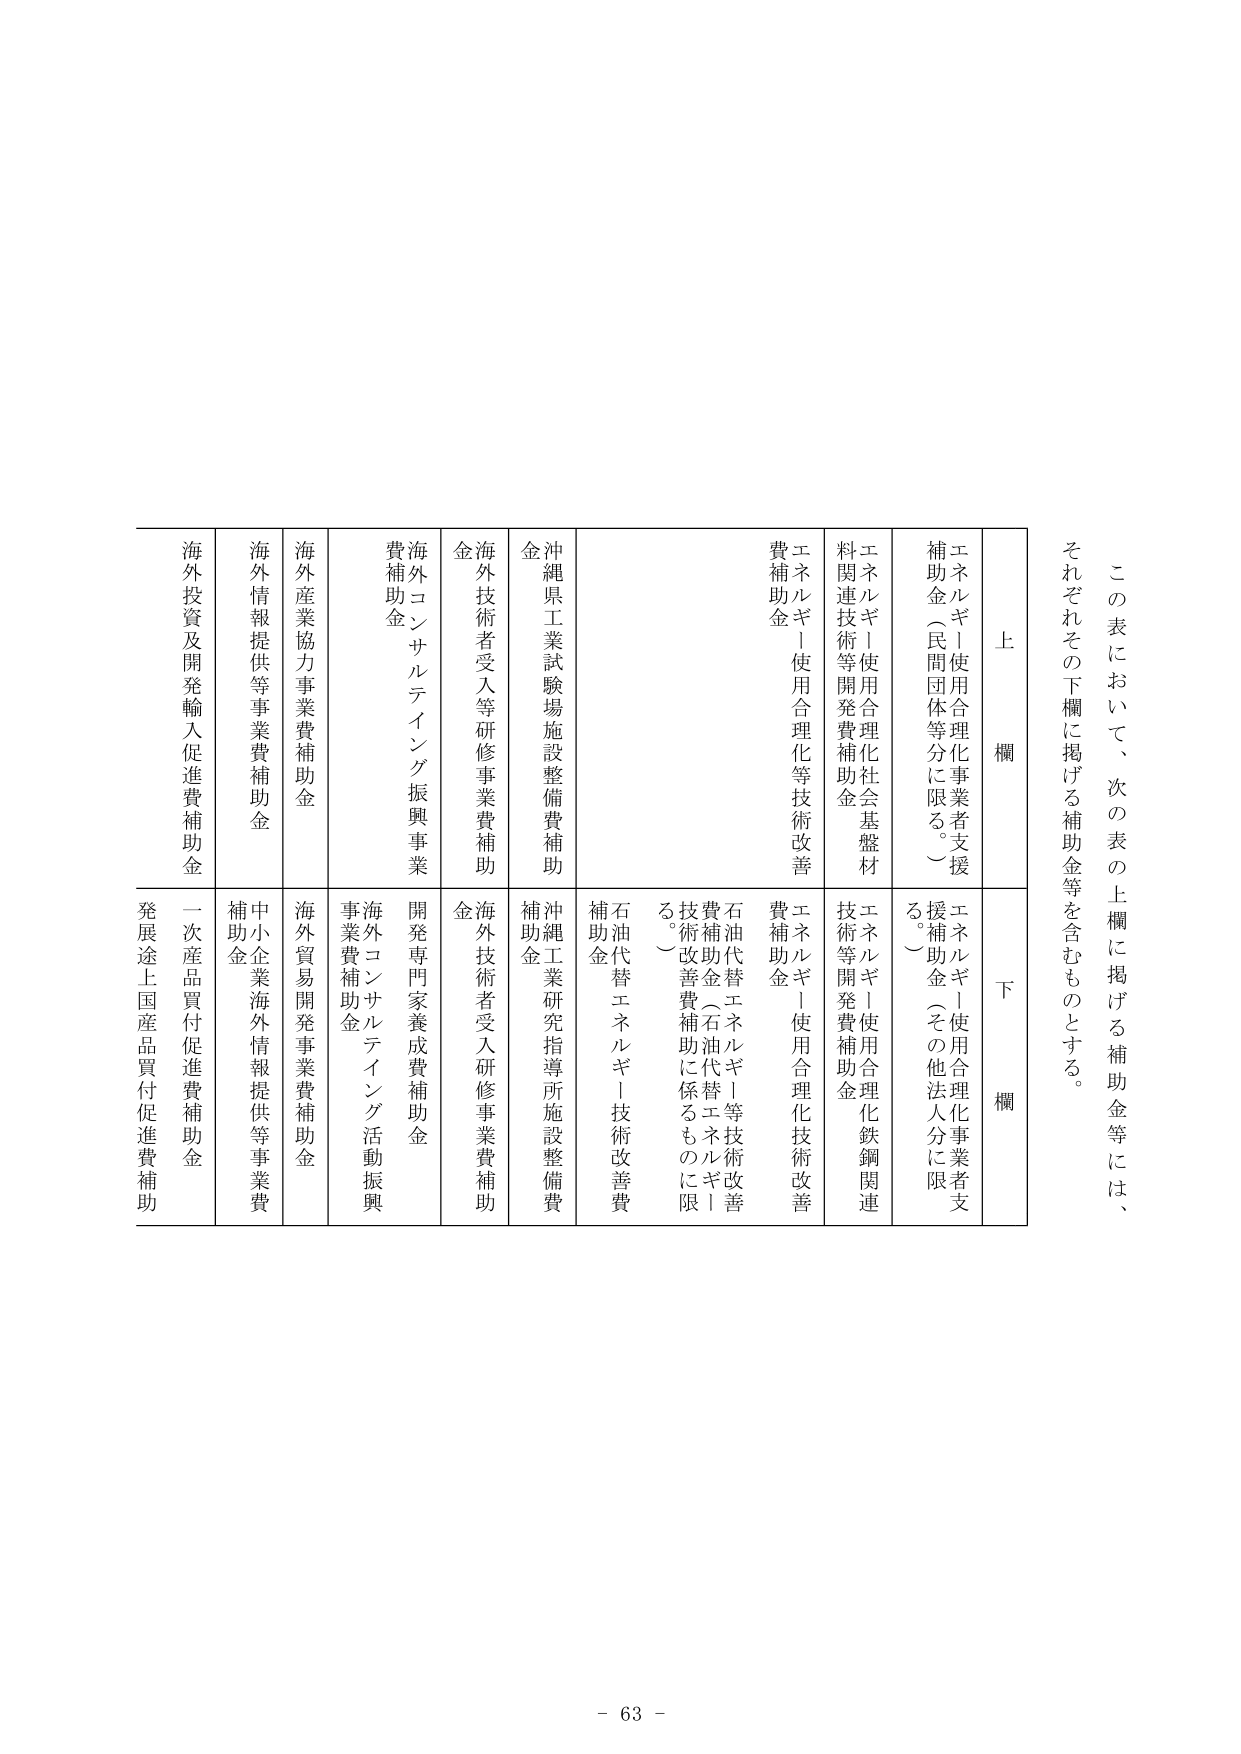
この表において、次の表の上欄に掲げる補助金等には、
それぞれその下欄に掲げる補助金等を含むものとする。

上 欄
エネルギー使用合理化事業者支援補助金（民間団体等分に限る。）
エネルギー使用合理化社会基盤材料関連技術等開発費補助金
エネルギー使用合理化等技術改善費補助金
沖縄県工業試験場施設整備費補助金
海外技術者受入等研修事業費補助金
海外コンサルティング振興事業費補助金
海外産業協力事業費補助金
海外情報提供等事業費補助金
海外投資及開発輸入促進費補助金

下 欄
エネルギー使用合理化事業者支援補助金（その他法人分に限る。）
エネルギー使用合理化鉄鋼関連技術等開発費補助金
エネルギー使用合理化技術改善費補助金
石油代替エネルギー等技術改善費補助金（石油代替エネルギー技術改善費補助に係るものに限る。）
石油代替エネルギー技術改善費補助金
沖縄工業研究指導所施設整備費補助金
海外技術者受入研修事業費補助金
開発専門家養成費補助金
海外コンサルティング活動振興事業費補助金
海外貿易開発事業費補助金
中小企業海外情報提供等事業費補助金
一次産品買付促進費補助金
発展途上国産品買付促進費補助

- 63 -